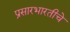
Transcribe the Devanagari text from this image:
प्रसारभारतीचे